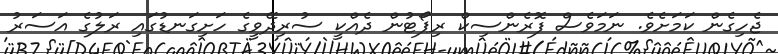
ޖެހިގެން ކަމަށެވެ. ނަމަވެސް ފޮރެންސިކް ރިޕޯޓުން ދެއްކީ ސުރިދޭވީގެ ހަށިގަނޑުގައި ރަލުގެ އަސަރު